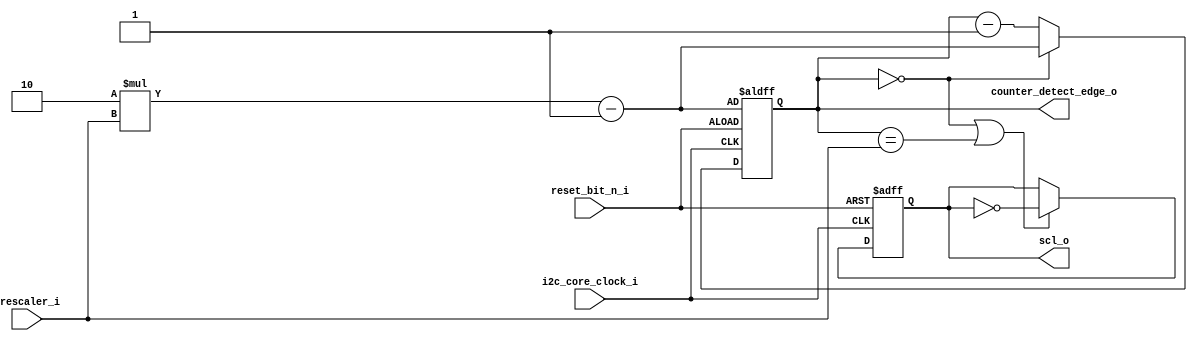
module i2c_clock_gen_block(
    input i2c_core_clock_i                                                                  , //i2c core clock
    input reset_bit_n_i                                                                     , //reset signal from cpu
    input [7:0] prescaler_i                                                                 , //value of prescaler register
    output scl_o                                                                            , //clock output from clock generator
    output reg [7:0] counter_detect_edge_o                                                  //counter for detecting edge of scl, 
);
    reg temp_scl_o                                                                          ; // temp variable
    assign scl_o = temp_scl_o                                                               ; // update sda output clock

    //count i2c core clock, scl get positive edge when counter detect edge = 2 * prescaler - 1, opposite, counter detect edge = prescaler - 1
    always @(posedge i2c_core_clock_i, negedge reset_bit_n_i) 
    begin
        if (~reset_bit_n_i)
            counter_detect_edge_o <= (2 * prescaler_i - 1)                                  ;
        else
            if (counter_detect_edge_o == 0)   
                counter_detect_edge_o <= (2 * prescaler_i - 1)                              ;
            else
                counter_detect_edge_o <= counter_detect_edge_o - 1                          ;
    end

    //gen scl clock
    always @(posedge i2c_core_clock_i, negedge reset_bit_n_i) 
    begin
        if (~reset_bit_n_i)
            temp_scl_o <= 1                                                                 ;
        else    
            if (counter_detect_edge_o == 0 || counter_detect_edge_o == prescaler_i)
                temp_scl_o <= ~temp_scl_o                                                   ;
            else    
                temp_scl_o <= temp_scl_o                                                    ;
    end


endmodule